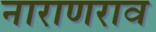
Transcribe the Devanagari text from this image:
नाराणराव